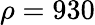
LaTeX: \rho=930